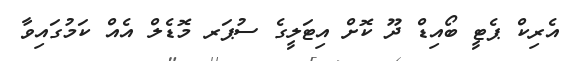
އެރިކް ޕެޓީ ބޯއިޑް ދޫ ކޮށް އިޓަލީގެ ސުޕަރ މޮޑެލް އެއް ކަމުގައިވާ